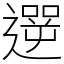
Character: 遻